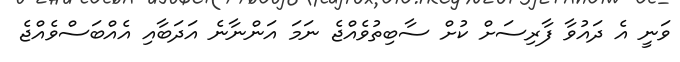
ވަނީ އެ ދައުވާ ފާރިސަށް ކުށް ސާބިތުވެއްޖެ ނަމަ އަންނާނެ އަދަބާއި އެއްބަސްވެއްޖެ